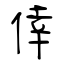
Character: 倖